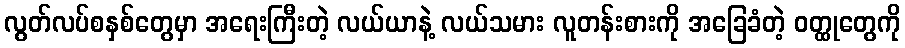
လွတ်လပ်စနှစ်တွေမှာ အရေးကြီးတဲ့ လယ်ယာနဲ့ လယ်သမား လူတန်းစားကို အခြေခံတဲ့ ဝတ္ထုတွေကို